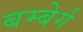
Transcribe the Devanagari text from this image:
बम्बेर्ग